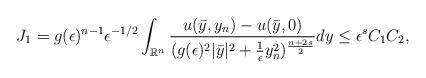
LaTeX: \begin{align*}J_1=g(\epsilon)^{n-1}\epsilon^{-1/2}\int_{\mathbb{R}^n}{\frac{u(\bar{y},y_n)-u(\bar{y},0)}{(g(\epsilon)^2|\bar{y}|^2+\frac{1}{\epsilon}y_n^2)^{\frac{n+2s}{2}}}dy} \leq \epsilon^s C_1C_2,\end{align*}